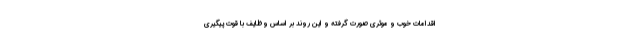
اقدامات خوب و موثری صورت گرفته و این روند بر اساس وظایف با قوت پیگیری